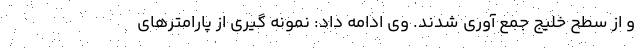
و از سطح خلیج جمع آوری شدند. وی ادامه داد: نمونه گیری از پارامترهای